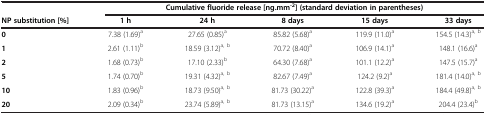
<table><thead><tr><td><b> </b></td><td colspan="5"><b>Cumulative fluoride release [ng.mm<sup>-2</sup>] (standard deviation in parentheses)</b></td></tr><tr><td><b>NP substitution [%]</b></td><td><b>1 h</b></td><td><b>24 h</b></td><td><b>8 days</b></td><td><b>15 days</b></td><td><b>33 days</b></td></tr></thead><tbody><tr><td><b>0</b></td><td>7.38 (1.69)<sup>a</sup></td><td>27.65 (0.85)<sup>a</sup></td><td>85.82 (5.68)<sup>a</sup></td><td>119.9 (11.0)<sup>a</sup></td><td>154.5 (14.3)<sup>a, b</sup></td></tr><tr><td><b>1</b></td><td>2.61 (1.11)<sup>b</sup></td><td>18.59 (3.12)<sup>a, b</sup></td><td>70.72 (8.40)<sup>a</sup></td><td>106.9 (14.1)<sup>a</sup></td><td>148.1 (16.6)<sup>a</sup></td></tr><tr><td><b>2</b></td><td>1.68 (0.73)<sup>b</sup></td><td>17.10 (2.33)<sup>b</sup></td><td>64.30 (7.68)<sup>a</sup></td><td>101.1 (12.2)<sup>a</sup></td><td>147.5 (15.7)<sup>a</sup></td></tr><tr><td><b>5</b></td><td>1.74 (0.70)<sup>b</sup></td><td>19.31 (4.32)<sup>a, b</sup></td><td>82.67 (7.49)<sup>a</sup></td><td>124.2 (9.2)<sup>a</sup></td><td>181.4 (14.0)<sup>a, b</sup></td></tr><tr><td><b>10</b></td><td>1.83 (0.96)<sup>b</sup></td><td>18.73 (9.50)<sup>a, b</sup></td><td>81.73 (30.22)<sup>a</sup></td><td>122.8 (39.3)<sup>a</sup></td><td>184.4 (49.8)<sup>a, b</sup></td></tr><tr><td><b>20</b></td><td>2.09 (0.34)<sup>b</sup></td><td>23.74 (5.89)<sup>a, b</sup></td><td>81.73 (13.15)<sup>a</sup></td><td>134.6 (19.2)<sup>a</sup></td><td>204.4 (23.4)<sup>b</sup></td></tr></tbody></table>